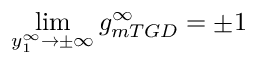
\operatorname* { l i m } _ { y _ { 1 } ^ { \infty } \to \pm \infty } g _ { m T G D } ^ { \infty } = \pm 1